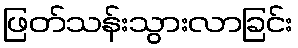
ဖြတ်သန်းသွားလာခြင်း